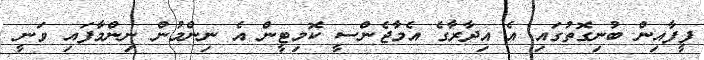
ފީފާއިން ބުނިގޮތުގައި އެ އިދާރާގެ އެމާޖެންސީ ކޮމިޓީން އެ ނިންމުން ނިންމާފައި ވަނީ